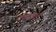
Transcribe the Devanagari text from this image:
तळ्यातून